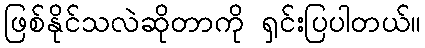
ဖြစ်နိုင်သလဲဆိုတာကို ရှင်းပြပါတယ်။